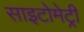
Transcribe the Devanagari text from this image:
साइटोमेट्री